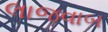
લાજવાબ